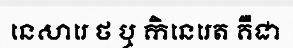
នេសារេ ថ ឬ កិនេរេត គឺជា